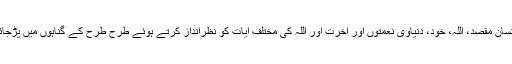
غفلت باعث بنتی ہے کہ انسان مقصد، اللہ، خود، دنیاوی نعمتوں اور آخرت اور اللہ کی مختلف آیات کو نظرانداز کرتے ہوئے طرح طرح کے گناہوں میں پڑجائے اور پھر انجام جہنم ہو۔